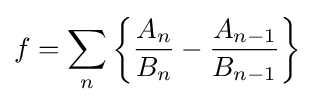
f=\sum _{n}\left\{{\frac {A_{n}}{B_{n}}}-{\frac {A_{n-1}}{B_{n-1}}}\right\}